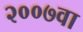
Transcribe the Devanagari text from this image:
२००७वा